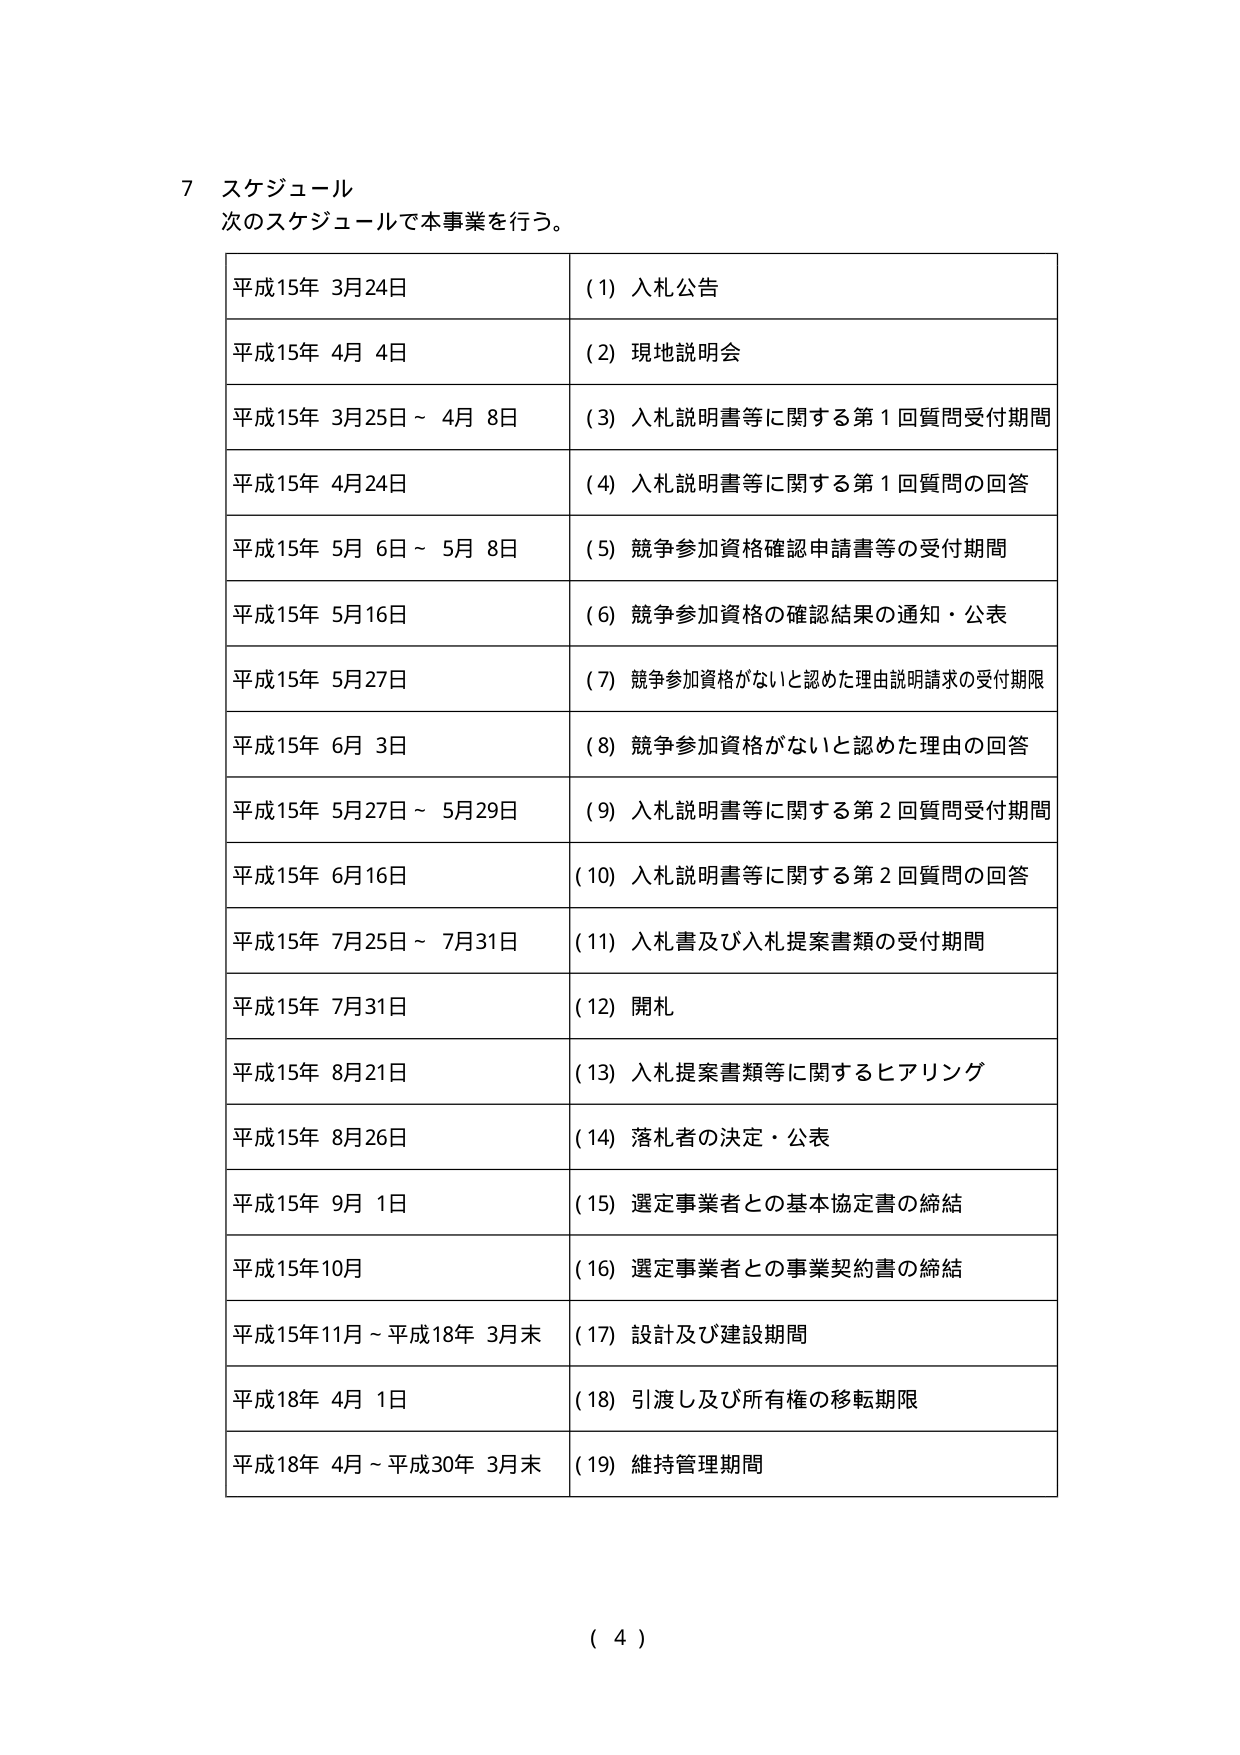
7 スケジュール
次のスケジュールで本事業を行う。

平成15年 3月24日　　(1) 入札公告
平成15年 4月 4日　　(2) 現地説明会
平成15年 3月25日～4月 8日　　(3) 入札説明書等に関する第1回質問受付期間
平成15年 4月24日　　(4) 入札説明書等に関する第1回質問の回答
平成15年 5月 6日～5月 8日　　(5) 競争参加資格確認申請書等の受付期間
平成15年 5月16日　　(6) 競争参加資格の確認結果の通知・公表
平成15年 5月27日　　(7) 競争参加資格がないと認めた理由説明請求の受付期限
平成15年 6月 3日　　(8) 競争参加資格がないと認めた理由の回答
平成15年 5月27日～5月29日　　(9) 入札説明書等に関する第2回質問受付期間
平成15年 6月16日　　(10) 入札説明書等に関する第2回質問の回答
平成15年 7月25日～7月31日　　(11) 入札書及び入札提案書類の受付期間
平成15年 7月31日　　(12) 開札
平成15年 8月21日　　(13) 入札提案書類等に関するヒアリング
平成15年 8月26日　　(14) 落札者の決定・公表
平成15年 9月 1日　　(15) 選定事業者との基本協定書の締結
平成15年10月　　(16) 選定事業者との事業契約書の締結
平成15年11月～平成18年 3月末　　(17) 設計及び建設期間
平成18年 4月 1日　　(18) 引渡し及び所有権の移転期限
平成18年 4月～平成30年 3月末　　(19) 維持管理期間

( 4 )